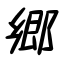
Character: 郷